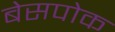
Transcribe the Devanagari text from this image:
बेसपोक